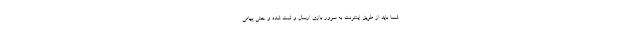
شما باید از طریق اینترنت به سرور بازی ارسال و ثبت شده و حتی پیامی